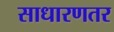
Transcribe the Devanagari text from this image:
साधारणतर